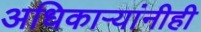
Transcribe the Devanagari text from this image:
अधिकार्‍यांनीही